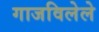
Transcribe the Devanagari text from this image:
गाजविलेले